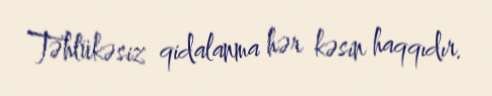
Təhlükəsiz qidalanma hər kəsin haqqıdır.